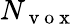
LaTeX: N_{\mathrm{~v~o~x~}}